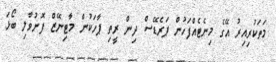
މަތަކުރިއިރު އޭގެ މިނެޓެއްފަހުން ޕަރެޑޭސް ދިން ރީތި ޕާހަކުން މާޓިނޭޒް ފޮނުވާލި ބޯޅަ